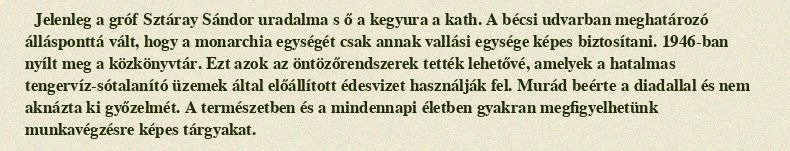
Jelenleg a gróf Sztáray Sándor uradalma s ő a kegyura a kath. A bécsi udvarban meghatározó állásponttá vált, hogy a monarchia egységét csak annak vallási egysége képes biztosítani. 1946-ban nyílt meg a közkönyvtár. Ezt azok az öntözőrendszerek tették lehetővé, amelyek a hatalmas tengervíz-sótalanító üzemek által előállított édesvizet használják fel. Murád beérte a diadallal és nem aknázta ki győzelmét. A természetben és a mindennapi életben gyakran megfigyelhetünk munkavégzésre képes tárgyakat.